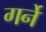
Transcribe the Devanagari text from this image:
गर्ने